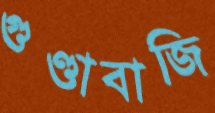
গুণ্ডাবাজি